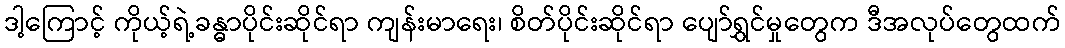
ဒါ့ကြောင့် ကိုယ့်ရဲ့ခန္ဓာပိုင်းဆိုင်ရာ ကျန်းမာရေး၊ စိတ်ပိုင်းဆိုင်ရာ ပျော်ရွှင်မှုတွေက ဒီအလုပ်တွေထက်